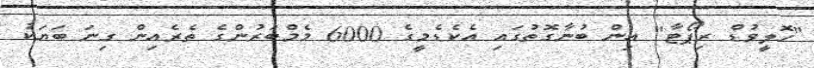
"ހޮލީވުޑް ރިޕޯޓާ" އިން ބުނާގޮތުގައި އެކެޑެމީގެ 6000 މެމްބަރުންގެ ތެރެއިން ގިނަ ބަޔަކު